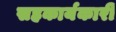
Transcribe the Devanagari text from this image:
सहकार्यकारी